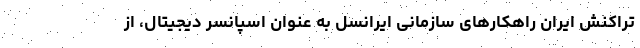
تراکنش ایران راهکارهای سازمانی ایرانسل به عنوان اسپانسر دیجیتال، از